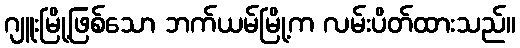
ဂျူးမြို့ဖြစ်သော ဘက်ယမ်မြို့က လမ်းပိတ်ထားသည်။